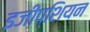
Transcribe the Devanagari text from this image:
इजीप्शियन